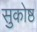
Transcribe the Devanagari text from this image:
सुकोष्ठ